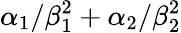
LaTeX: \alpha_{1}/\beta_{1}^{2}+\alpha_{2}/\beta_{2}^{2}